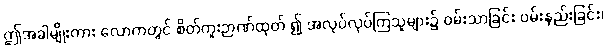
ဤအခါမျိုးကား လောကတွင် စိတ်ကူးဉာဏ်ထုတ် ၍ အလုပ်လုပ်ကြသူများ၌ ဝမ်းသာခြင်း ဝမ်းနည်းခြင်း၊